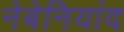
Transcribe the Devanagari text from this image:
नेबेनियांद